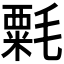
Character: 𣯼